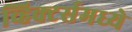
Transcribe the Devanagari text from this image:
व्हिक्टर्समध्ये